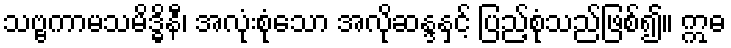
သဗ္ဗကာမသမိဒ္ဓိနီ၊ အလုံးစုံသော အလိုဆန္ဒနှင့် ပြည့်စုံသည်ဖြစ်၍။ ဣဓ